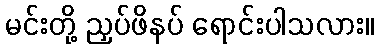
မင်းတို့ ညှပ်ဖိနပ် ရောင်းပါသလား။